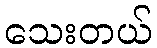
သေးတယ်